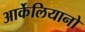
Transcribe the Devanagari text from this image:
आर्केलियानो